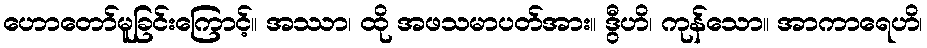
ဟောတော်မူခြင်းကြောင့်။ အဿာ၊ ထို အဖသမာပတ်အား။ ဒွီဟိ၊ ကုန်သော။ အာကာရေဟိ၊